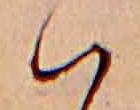
ハ